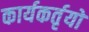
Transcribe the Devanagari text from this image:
कार्यकर्तृयों